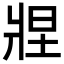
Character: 𬌂